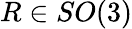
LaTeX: R\in SO(3)